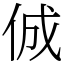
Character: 𠉛